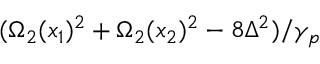
( \Omega _ { 2 } ( x _ { 1 } ) ^ { 2 } + \Omega _ { 2 } ( x _ { 2 } ) ^ { 2 } - 8 \Delta ^ { 2 } ) / \gamma _ { p }